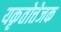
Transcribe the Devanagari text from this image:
यकृतोत्तेजक